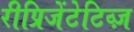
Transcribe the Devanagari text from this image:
रीप्रिजेंटेटिव्ज़